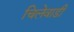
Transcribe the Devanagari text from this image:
चिलेवाडी